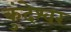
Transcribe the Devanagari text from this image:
कुंदेश्वर